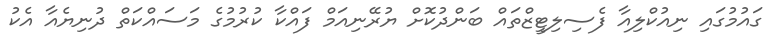
ގައުމުުގައި ނިއުކްލިއާ ފެސިލިޓީޒްތައް ބަންދުކޮށް ޔުރޭނިއަމް ފައްކާ ކުރުމުގެ މަަސައްކަތް ދުނިޔެއާ އެކު